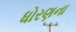
ધોરણના